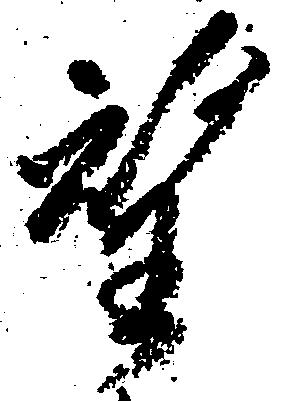
望